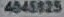
4545125